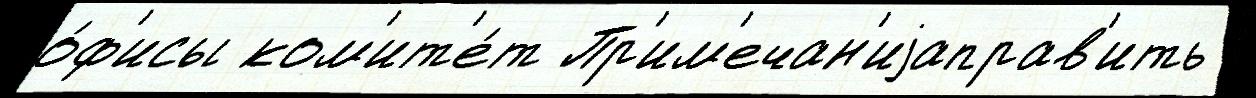
о́ф'исы ком'ит'е́т Пр'им'ечан'иjаправ'ить